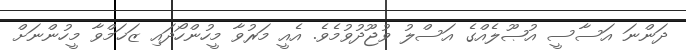
ދަންނަ އަސާސީ އުޞޫލެއްގެ އަސްލު ވުޖޫދުވުމެވެ. އެއީ މަރުވާ މީހުންހޯދައި ޒަޚަމްވާ މީހުންނަށް